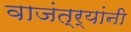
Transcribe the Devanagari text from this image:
वाजंत्र्यांनी